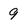
Character: 9